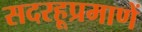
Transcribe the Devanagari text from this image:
सदरहूप्रमाणें